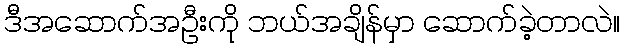
ဒီအဆောက်အဦးကို ဘယ်အချိန်မှာ ဆောက်ခဲ့တာလဲ။